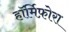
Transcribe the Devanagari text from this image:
हॉर्मिफ़ोरा